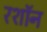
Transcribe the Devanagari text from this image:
रशॉन